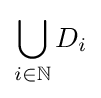
\bigcup _{i\in \mathbb {N} }D_{i}